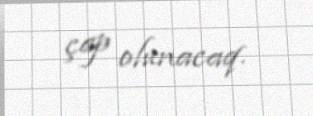
çap olunacaq.